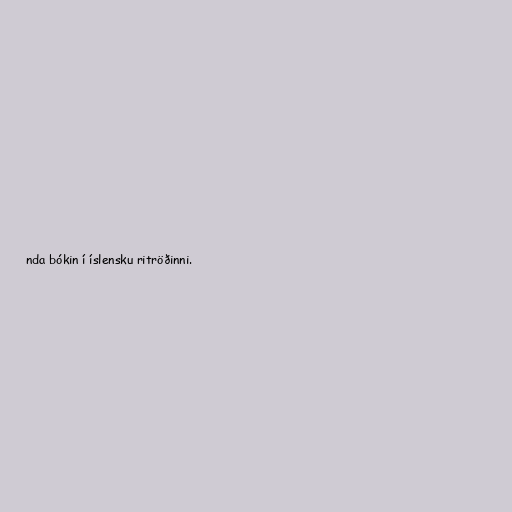
nda bókin í íslensku ritröðinni.